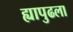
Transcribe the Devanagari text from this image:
ह्यापुढला